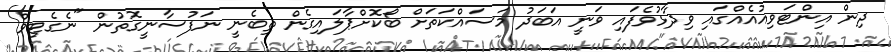
ދިން އިންޓަވިއުއެއްގައި ވިދާޅުވެފައި ވަނީ އަބަދު މަސައްކަތަށް ބޯކޮށްޕާލައިގެން ތިބެނީ ނަފުސާނީގޮތުން "ނެގެޓިވް